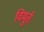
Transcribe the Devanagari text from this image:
विमूर्त